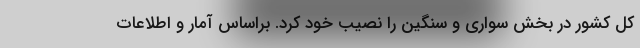
کل کشور در بخش سواری و سنگین را نصیب خود کرد. براساس آمار و اطلاعات